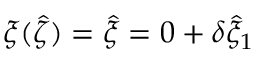
\xi ( \hat { \zeta } ) = \hat { \xi } = 0 + \delta \hat { \xi } _ { 1 }